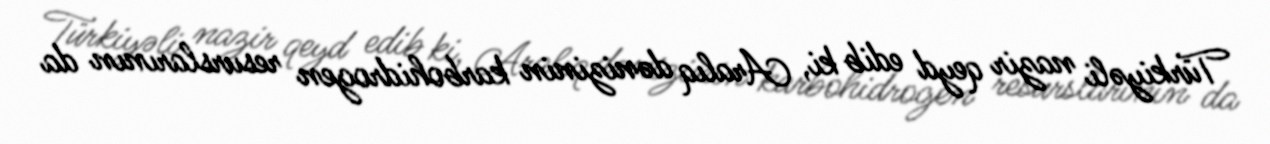
Türkiyəli nazir qeyd edib ki, Aralıq dənizinin karbohidrogen resurslarının da